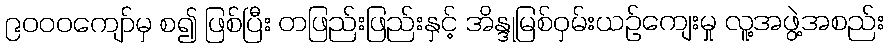
၉၀၀၀ကျော်မှ စ၍ ဖြစ်ပြီး တဖြည်းဖြည်းနှင့် အိန္ဒုမြစ်ဝှမ်းယဉ်ကျေးမှု လူ့အဖွဲ့အစည်း